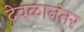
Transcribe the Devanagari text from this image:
देवळानंतर